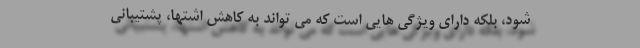
شود، بلکه دارای ویژگی هایی است که می تواند به کاهش اشتها، پشتیبانی